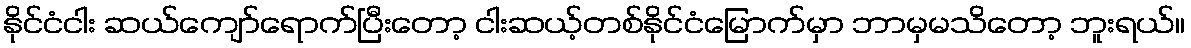
နိုင်ငံငါး ဆယ်ကျော်ရောက်ပြီးတော့ ငါးဆယ့်တစ်နိုင်ငံမြောက်မှာ ဘာမှမသိတော့ ဘူးရယ်။